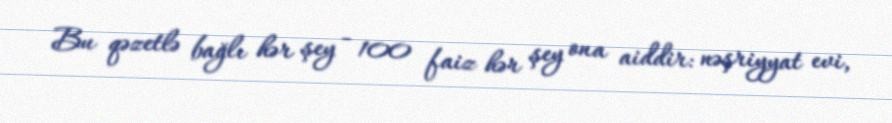
Bu qəzetlə bağlı hər şey - 100 faiz hər şey ona aiddir: nəşriyyat evi,